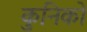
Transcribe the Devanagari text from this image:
कुनिको